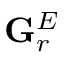
\mathbf { G } _ { r } ^ { E }